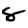
Digit: 8